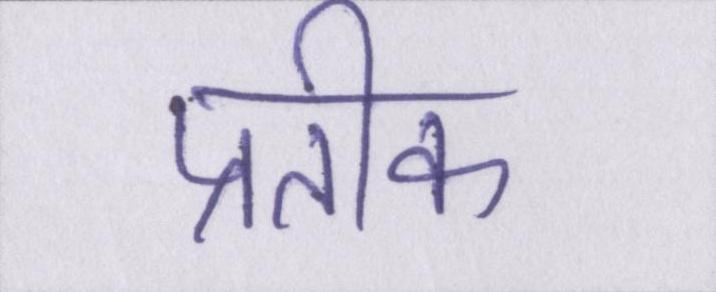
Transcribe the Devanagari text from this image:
प्रतीक